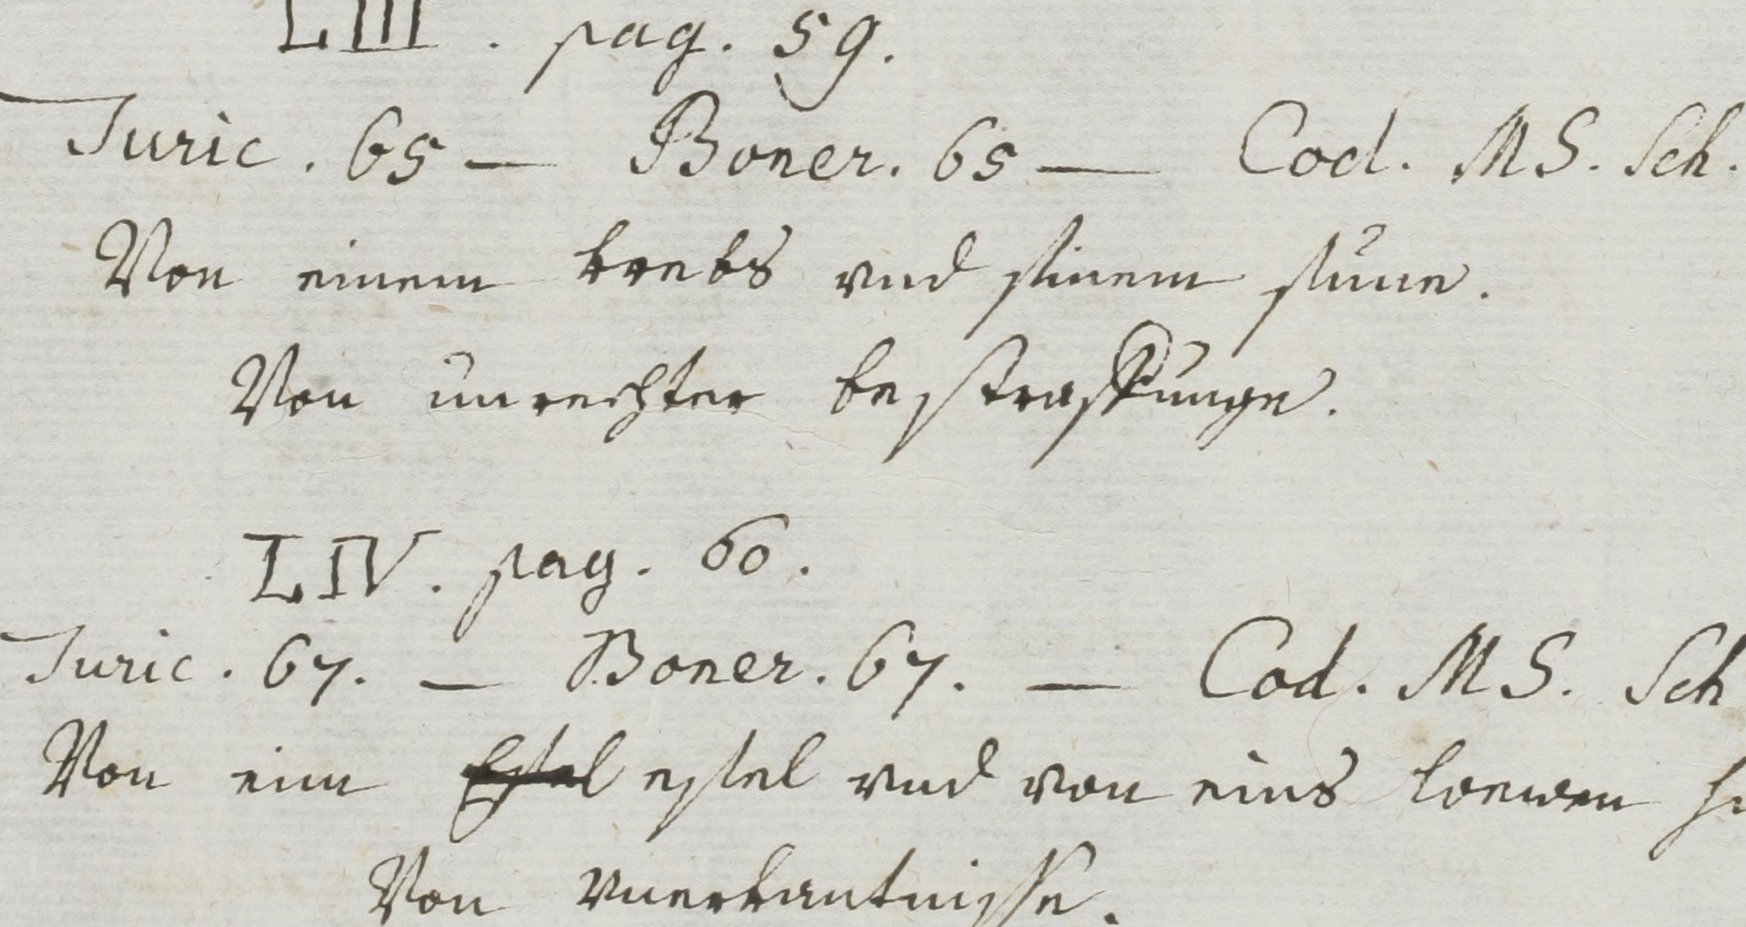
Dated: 1400–1499